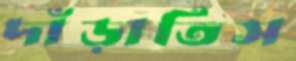
দাঁড়াতিস